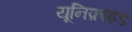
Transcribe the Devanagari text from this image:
यूनिफ़ाइड